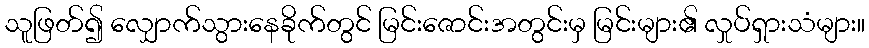
သူဖြတ်၍ လျှောက်သွားနေခိုက်တွင် မြင်းဇောင်းအတွင်းမှ မြင်းများ၏ လှုပ်ရှားသံများ။